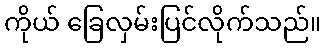
ကိုယ် ခြေလှမ်းပြင်လိုက်သည်။